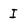
Character: I